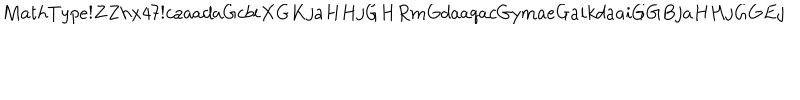
M a t h T y p e ! Z Z h x 4 7 ! c a a a d a G c b i X G K j a H H j G H R m G d a a q a c G y m a e G a i k d a a i G G B j a H H j G G E j